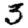
Digit: 3